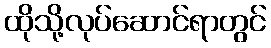
ထိုသို့လုပ်ဆောင်ရာတွင်